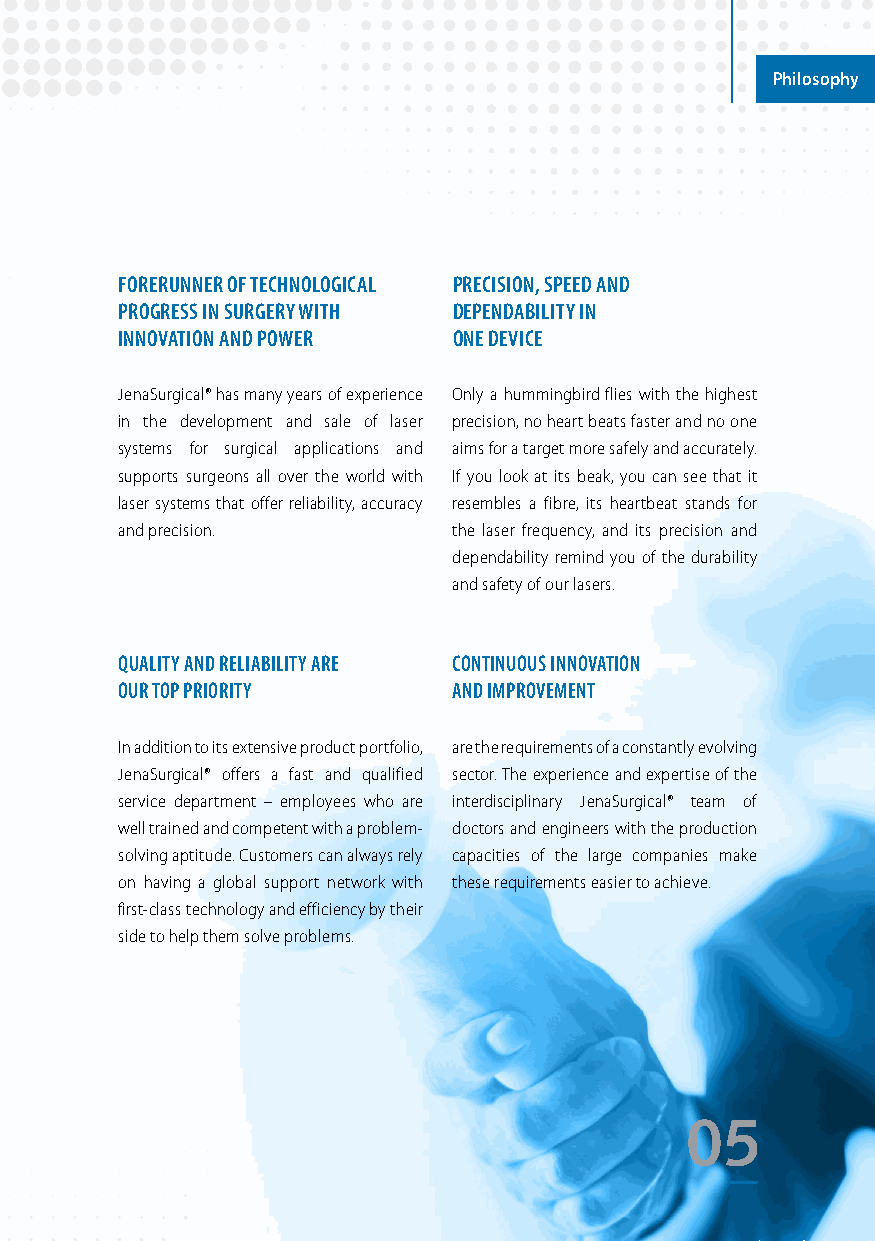
Philosophy
 PHILOSOPHY
 FORERUNNER OF TECHNOLOGICAL PRECISION, SPEED AND
 PROGRESS IN SURGERY WITH DEPENDABILITY IN
 INNOVATION AND POWER  ONE DEVICE
 JenaSurgical® has many years of experience Only a hummingbird flies with the highest
 in the development and sale of laser precision, no heart beats faster and no one
 systems for surgical applications and aims for a target more safely and accurately.
 supports surgeons all over the world with If you look at its beak, you can see that it
 laser systems that offer reliability, accuracy resembles a fibre, its heartbeat stands for
 and precision.        the laser frequency, and its precision and
 dependability remind you of the durability
 and safety of our lasers.
 QUALITY AND RELIABILITY ARE CONTINUOUS INNOVATION
 OUR TOP PRIORITY      AND IMPROVEMENT
 In addition to its extensive product portfolio, are the requirements of a constantly evolving
 JenaSurgical® offers a fast and qualified sector. The experience and expertise of the
 service department – employees who are interdisciplinary JenaSurgical® team of
 well trained and competent with a problem- doctors and engineers with the production
 solving aptitude. Customers can always rely capacities of the large companies make
 on having a global support network with these requirements easier to achieve.
 first-class technology and efficiency by their
 side to help them solve problems.
 05